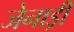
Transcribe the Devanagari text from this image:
जेनाड्री